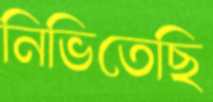
নিভিতেছি